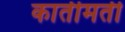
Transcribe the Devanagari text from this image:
कार्तीमती